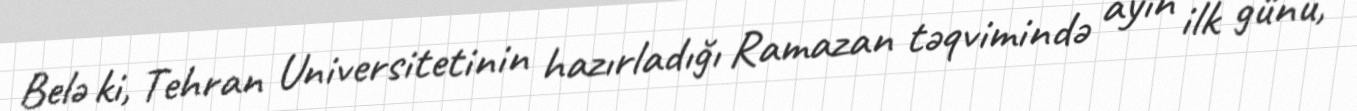
Belə ki, Tehran Universitetinin hazırladığı Ramazan təqvimində ayın ilk günü,